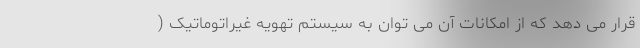
قرار می دهد که از امکانات آن می توان به سیستم تهویه غیراتوماتیک (